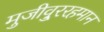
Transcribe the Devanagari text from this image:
मुजीवु्ररहमान